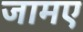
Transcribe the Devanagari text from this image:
जामए